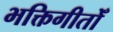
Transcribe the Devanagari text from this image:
भक्तिगीतोँ